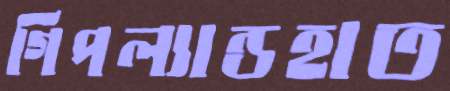
গিপল্যান্ডহাত